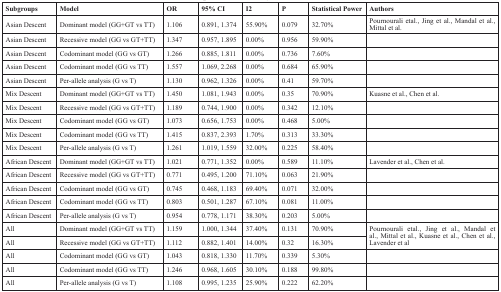
<table><thead><tr><td><b>Subgroups</b></td><td><b>Model</b></td><td><b>OR</b></td><td><b>95% CI</b></td><td><b>I2</b></td><td><b>P</b></td><td><b>Statistical Power</b></td><td><b>Authors</b></td></tr></thead><tbody><tr><td>Asian Descent</td><td>Dominant model (GG+GT vs TT)</td><td>1.106</td><td>0.891, 1.374</td><td>55.90%</td><td>0.079</td><td>32.70%</td><td>Pournourali etal., Jing et al., Mandal et al., Mittal et al.</td></tr><tr><td>Asian Descent</td><td>Recessive model (GG vs GT+TT)</td><td>1.347</td><td>0.957, 1.895</td><td>0.00%</td><td>0.956</td><td>59.90%</td><td></td></tr><tr><td>Asian Descent</td><td>Codominant model (GG vs GT)</td><td>1.266</td><td>0.885, 1.811</td><td>0.00%</td><td>0.736</td><td>7.60%</td><td></td></tr><tr><td>Asian Descent</td><td>Codominant model (GG vs TT)</td><td>1.557</td><td>1.069, 2.268</td><td>0.00%</td><td>0.684</td><td>65.90%</td><td></td></tr><tr><td>Asian Descent</td><td>Per-allele analysis (G vs T)</td><td>1.130</td><td>0.962, 1.326</td><td>0.00%</td><td>0.41</td><td>59.70%</td><td></td></tr><tr><td>Mix Descent</td><td>Dominant model (GG+GT vs TT)</td><td>1.450</td><td>1.081, 1.943</td><td>0.00%</td><td>0.35</td><td>70.90%</td><td>Kuasne et al., Chen et al.</td></tr><tr><td>Mix Descent</td><td>Recessive model (GG vs GT+TT)</td><td>1.189</td><td>0.744, 1.900</td><td>0.00%</td><td>0.342</td><td>12.10%</td><td></td></tr><tr><td>Mix Descent</td><td>Codominant model (GG vs GT)</td><td>1.073</td><td>0.656, 1.753</td><td>0.00%</td><td>0.468</td><td>5.00%</td><td></td></tr><tr><td>Mix Descent</td><td>Codominant model (GG vs TT)</td><td>1.415</td><td>0.837, 2.393</td><td>1.70%</td><td>0.313</td><td>33.30%</td><td></td></tr><tr><td>Mix Descent</td><td>Per-allele analysis (G vs T)</td><td>1.261</td><td>1.019, 1.559</td><td>32.00%</td><td>0.225</td><td>58.40%</td><td></td></tr><tr><td>African Descent</td><td>Dominant model (GG+GT vs TT)</td><td>1.021</td><td>0.771, 1.352</td><td>0.00%</td><td>0.589</td><td>11.10%</td><td>Lavender et al., Chen et al.</td></tr><tr><td>African Descent</td><td>Recessive model (GG vs GT+TT)</td><td>0.771</td><td>0.495, 1.200</td><td>71.10%</td><td>0.063</td><td>21.90%</td><td></td></tr><tr><td>African Descent</td><td>Codominant model (GG vs GT)</td><td>0.745</td><td>0.468, 1.183</td><td>69.40%</td><td>0.071</td><td>32.00%</td><td></td></tr><tr><td>African Descent</td><td>Codominant model (GG vs TT)</td><td>0.803</td><td>0.501, 1.287</td><td>67.10%</td><td>0.081</td><td>11.00%</td><td></td></tr><tr><td>African Descent</td><td>Per-allele analysis (G vs T)</td><td>0.954</td><td>0.778, 1.171</td><td>38.30%</td><td>0.203</td><td>5.00%</td><td></td></tr><tr><td>All</td><td>Dominant model (GG+GT vs TT)</td><td>1.159</td><td>1.000, 1.344</td><td>37.40%</td><td>0.131</td><td>70.90%</td><td rowspan="2">Pournourali etal., Jing et al., Mandal et al., Mittal et al., Kuasne et al., Chen et al., Lavender et al</td></tr><tr><td>All</td><td>Recessive model (GG vs GT+TT)</td><td>1.112</td><td>0.882, 1.401</td><td>14.00%</td><td>0.32</td><td>16.30%</td></tr><tr><td>All</td><td>Codominant model (GG vs GT)</td><td>1.043</td><td>0.818, 1.330</td><td>11.70%</td><td>0.339</td><td>5.30%</td><td></td></tr><tr><td>All</td><td>Codominant model (GG vs TT)</td><td>1.246</td><td>0.968, 1.605</td><td>30.10%</td><td>0.188</td><td>99.80%</td><td></td></tr><tr><td>All</td><td>Per-allele analysis (G vs T)</td><td>1.108</td><td>0.995, 1.235</td><td>25.90%</td><td>0.222</td><td>62.20%</td><td></td></tr></tbody></table>